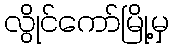
လွိုင်ကော်မြို့မှ